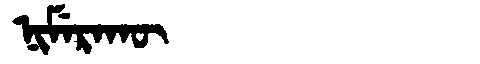
Manchu: ᠨᡳᠮᡝᡵᠠᡴᡡ
Romanization: NIMERAKŪ